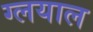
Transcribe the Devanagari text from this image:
ग्लयाल